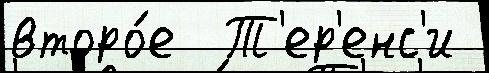
второ́е  Т'ер'енс'и